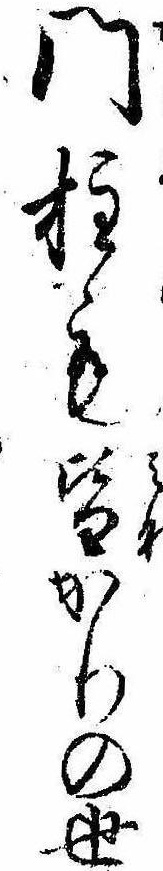
門柱も皆かりの世